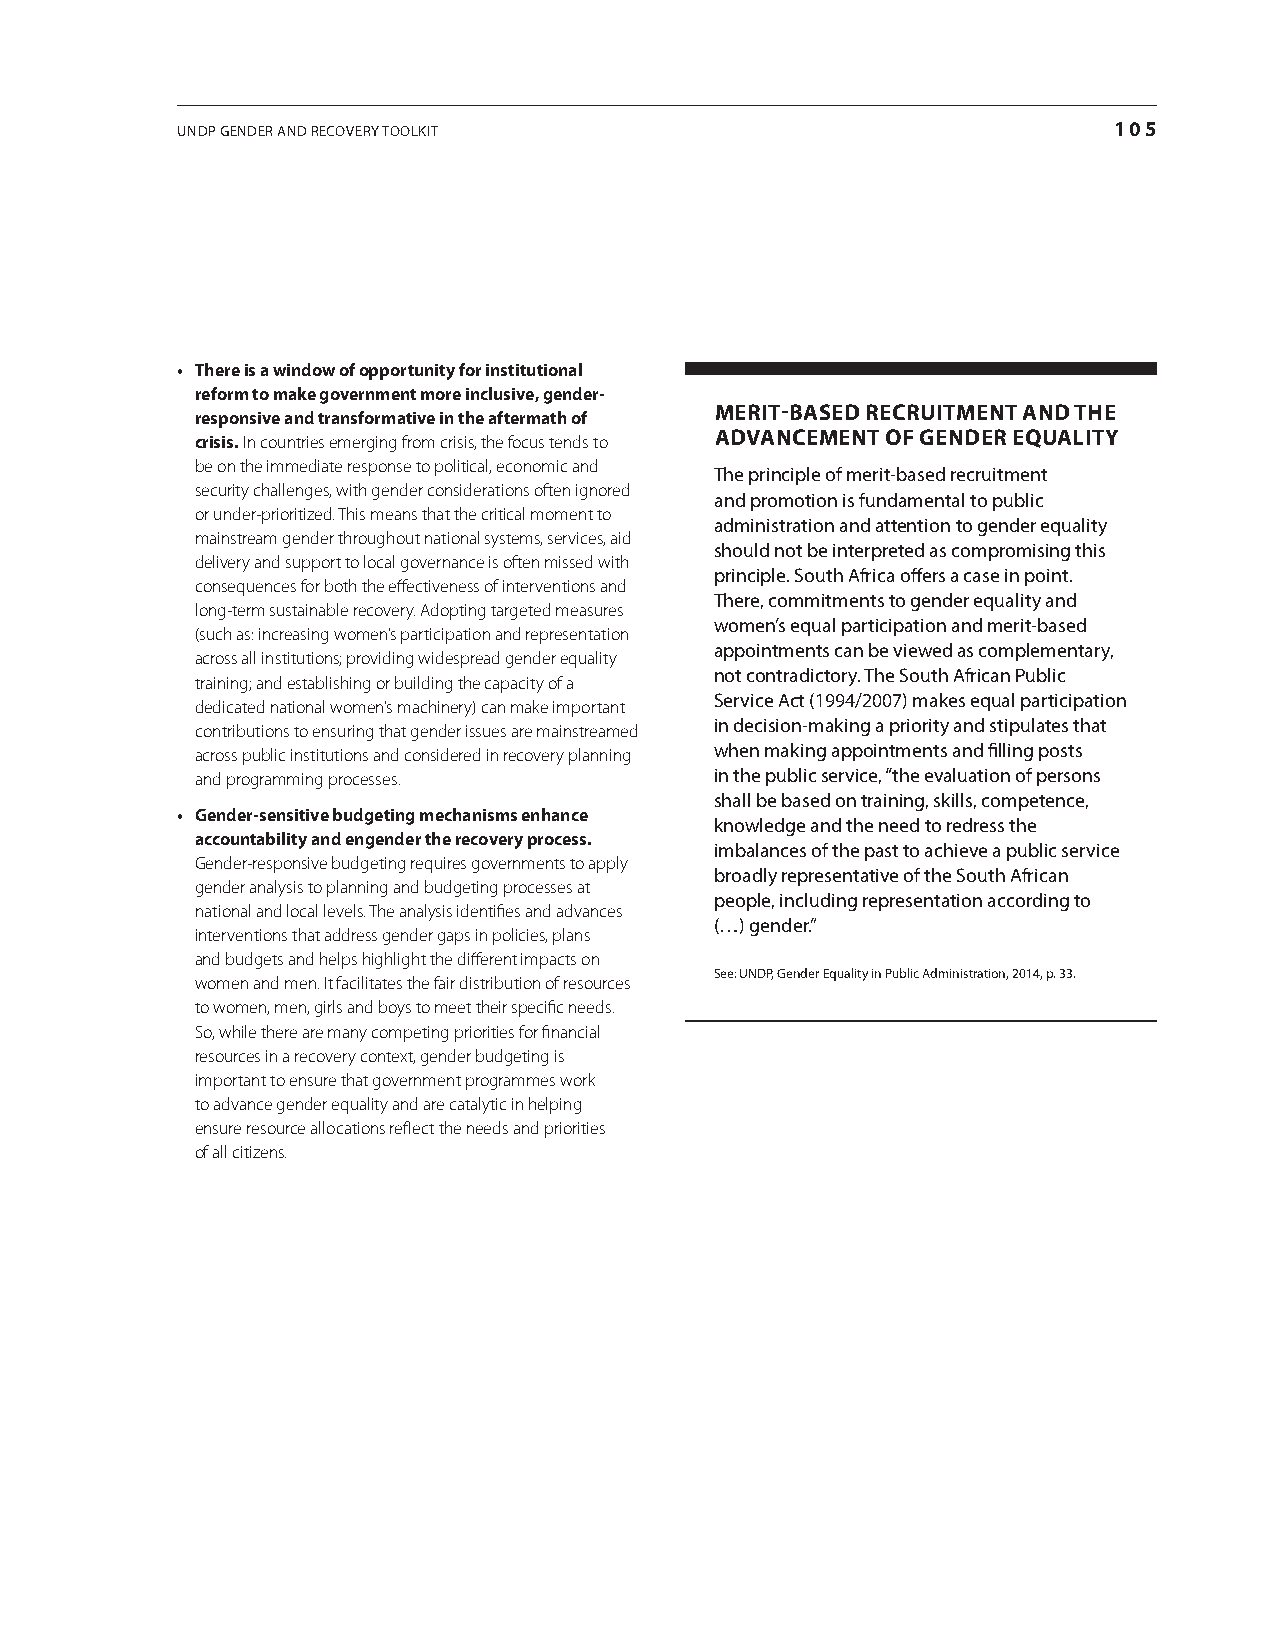
UNDP GeNDer aND recovery ToolkiT                              105
 • There is a window of opportunity for institutional
 reform to make government more inclusive, gender-
 mErIt-bAsED rECrUItmENt AND thE
 responsive and transformative in the aftermath of
 crisis. In countries emerging from crisis, the focus tends to
 ADvANCEmENt of GENDEr EqUAlIty
 be on the immediate response to political, economic and
 The principle of merit-based recruitment
 security challenges, with gender considerations often ignored
 and promotion is fundamental to public
 or under-prioritized. This means that the critical moment to
 administration and attention to gender equality
 mainstream gender throughout national systems, services, aid
 should not be interpreted as compromising this
 delivery and support to local governance is often missed with
 principle. South africa offers a case in point.
 consequences for both the effectiveness of interventions and
 There, commitments to gender equality and
 long-term sustainable recovery. Adopting targeted measures
 women’s equal participation and merit-based
 (such as: increasing women’s participation and representation
 appointments can be viewed as complementary,
 across all institutions; providing widespread gender equality
 not contradictory. The South african Public
 training; and establishing or building the capacity of a
 Service act (1994/2007) makes equal participation
 dedicated national women’s machinery) can make important
 in decision-making a priority and stipulates that
 contributions to ensuring that gender issues are mainstreamed
 across public institutions and considered in recovery planning when making appointments and filling posts
 and programming processes.        in the public service, “the evaluation of persons
 shall be based on training, skills, competence,
 • Gender-sensitive budgeting mechanisms enhance
 knowledge and the need to redress the
 accountability and engender the recovery process.
 imbalances of the past to achieve a public service
 Gender-responsive budgeting requires governments to apply
 broadly representative of the South african
 gender analysis to planning and budgeting processes at
 people, including representation according to
 national and local levels. The analysis identifies and advances
 (…) gender.”
 interventions that address gender gaps in policies, plans
 and budgets and helps highlight the different impacts on
 See: UNDP, Gender equality in Public administration, 2014, p. 33.
 women and men. It facilitates the fair distribution of resources
 to women, men, girls and boys to meet their specific needs.
 So, while there are many competing priorities for financial
 resources in a recovery context, gender budgeting is
 important to ensure that government programmes work
 to advance gender equality and are catalytic in helping
 ensure resource allocations reflect the needs and priorities
 of all citizens.